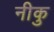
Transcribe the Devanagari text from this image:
नीकु